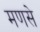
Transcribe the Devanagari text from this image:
मणसे